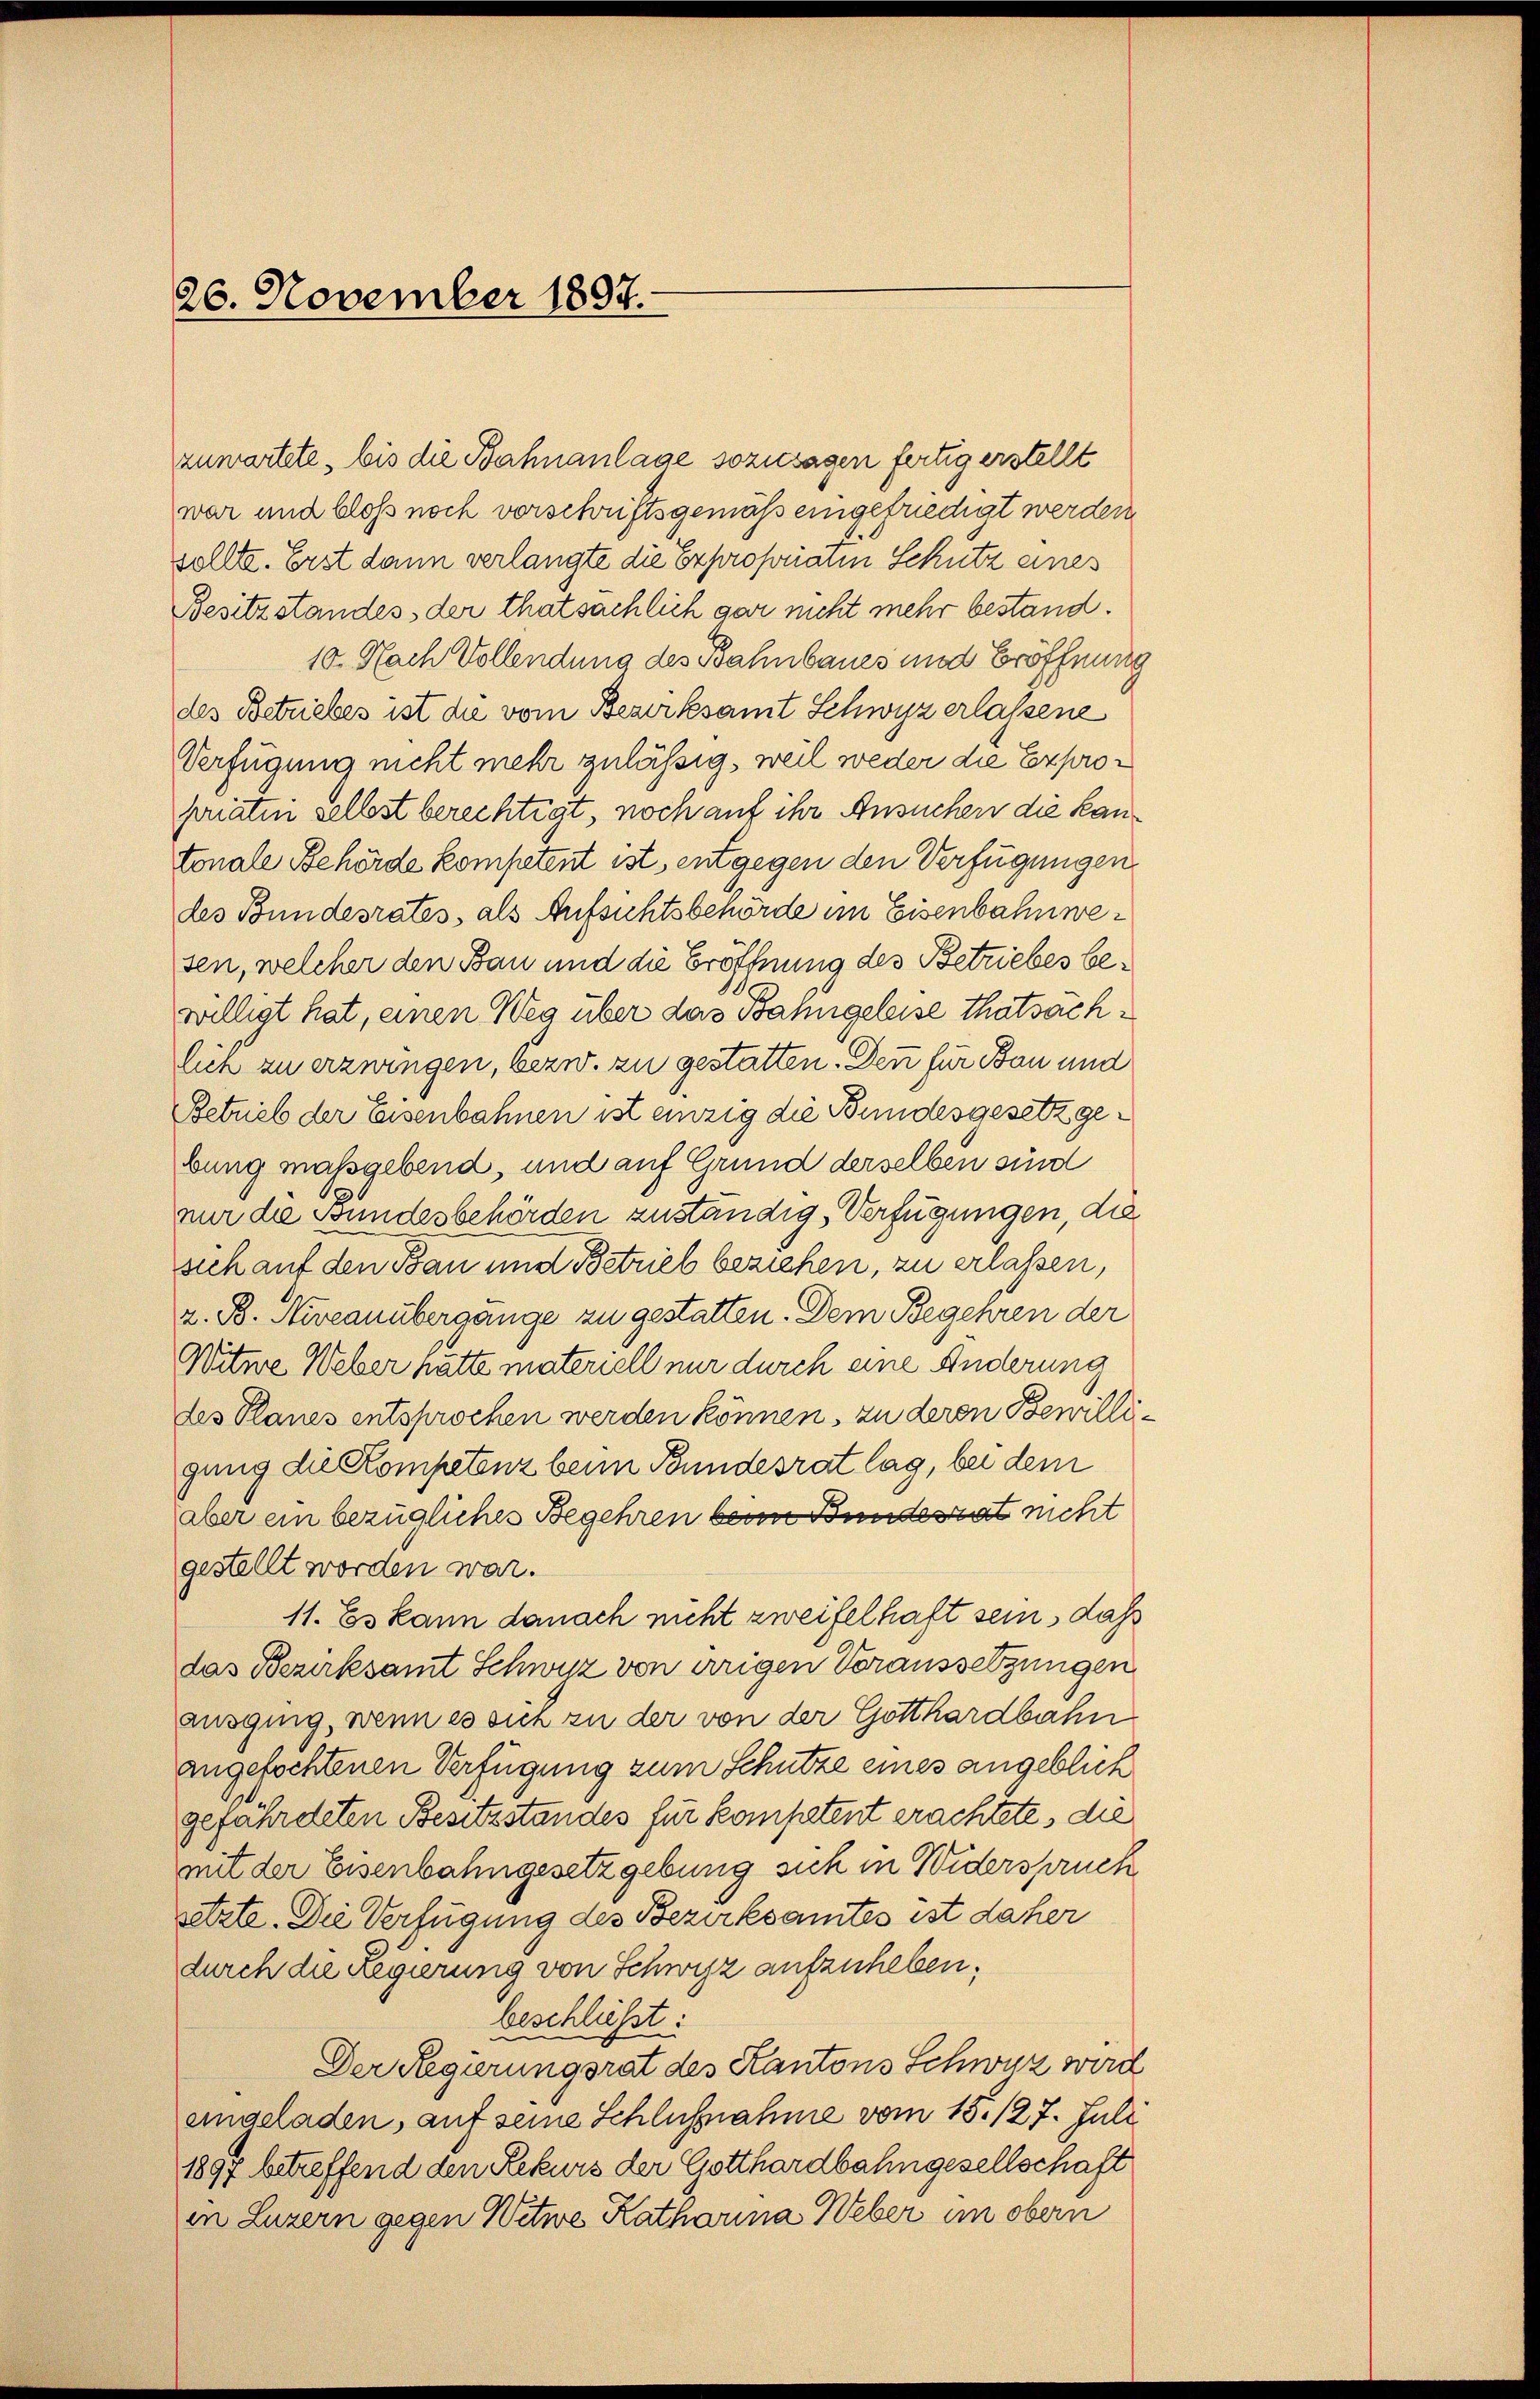
26. November 1897.

zuwartete, bis die Bahnanlage sozusagen fertig erstellt
war und bloß noch vorschriftsgemäß eingefriedigt werden.
sollte. Erst dann verlangte die Expropriaten Schutz eines
Besitzstandes der thatsächlich gar nicht mehr bestand.
10. Nach Vollendung des Bahnbaues und Eröffnung
des Betriebes ist die vom Bezirksamt Schwyz erlassene
Verfügung nicht mehr zulässig, weil weder die Expropriaten selbst berechtigt, noch auf ihr Ansuchen die Kantonale Behörde kompetent ist, entgegen den Verfügungen
des Bundesrates, als Aufsichtsbehörde im Eisenbahn wesen, welcher den Bau und die Eröffnung des Betriebes bewilligt hat, einen Weg über das Bahngeleise thatsächlich zu erzwingen, bezw. zu gestatten. Denn für Bon und
Betrieb der Eisenbahnen ist einzig die Bundesgesetz gebung maßgebend, und auf Grund derselben sind
nur die Bundesbehörden zuständig, Verfügungen, die
sich auf den Bau und Betrieb beziehen, zu erlassen,
v. B. Niveauübergange zu gestatten. Dem Begehren der
Witwe Weber hätte materiell nur durch eine Änderung
des Planes entsprochen werden können, zu deren Bewille
gung die Kompetenz beim Bundesrat lag, bei dem
aber ein bezügliches Begehren beim Bundesrat nicht
gestellt worden war.
11. Es kann danach nicht zweifelhaft sein, daß
das Bezirksamt Schwitz von irrigen Voraussetzungen
ausging, wenn es sich zu der von der Gotthardbahn
angefochtenen Verfügung zum Schutze eines angeblick
gefährdeten Besitzstandes für kompetent erachtete, die
mit der Eisenbahngesetzgebung sich in Widerspruck
setzte. Die Verfügung des Bezirksamtes ist daher
durch die Regierung von Schwyz aufzuheben,
beschließt:
Der Regierungsrat des Kantons Schweiz wird
angeladen, auf seine Schlußnahme vom 15. 127. Juli
1897 betreffend den Rekurs der Gotthardbahngesellschaft
in Luzern gegen Witwe Katharina Weber im obern